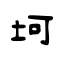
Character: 坷